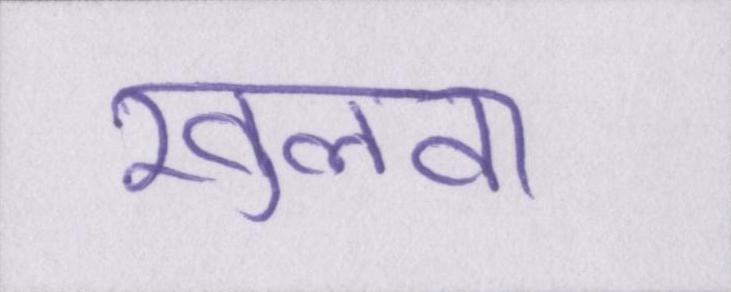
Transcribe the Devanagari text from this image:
खुलवा